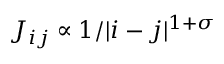
J _ { i j } \propto 1 / | i - j | ^ { 1 + \sigma }